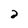
Character: 2